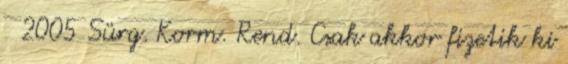
2005 Sürg. Korm. Rend. Csak akkor fizetik ki